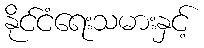
နိုင်ငံရေးသမားနှင့်